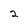
Character: 2